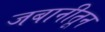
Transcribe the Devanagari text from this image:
जबानीतून